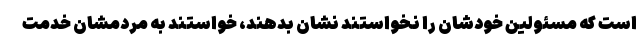
است که مسئولین خودشان را نخواستند نشان بدهند، خواستند به مردمشان خدمت